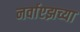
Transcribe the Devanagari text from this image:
नर्वाएझच्या